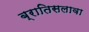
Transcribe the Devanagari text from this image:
ब्रातिसलावा